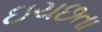
ઇચછતા